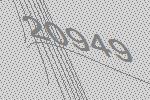
20949